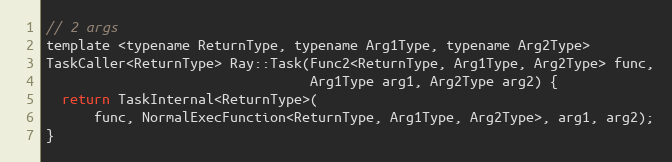
Language: C
// 2 args
template <typename ReturnType, typename Arg1Type, typename Arg2Type>
TaskCaller<ReturnType> Ray::Task(Func2<ReturnType, Arg1Type, Arg2Type> func,
                                 Arg1Type arg1, Arg2Type arg2) {
  return TaskInternal<ReturnType>(
      func, NormalExecFunction<ReturnType, Arg1Type, Arg2Type>, arg1, arg2);
}